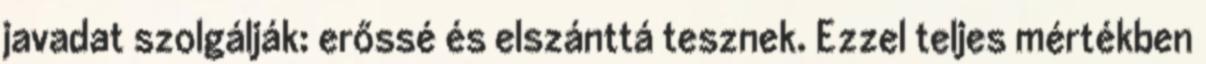
javadat szolgálják: erőssé és elszánttá tesznek. Ezzel teljes mértékben